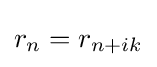
r_{n}=r_{n+ik}